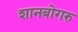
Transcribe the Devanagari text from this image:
शानबोगरु